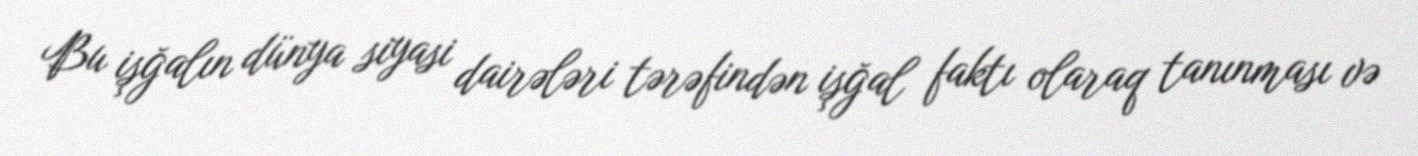
Bu işğalın dünya siyasi dairələri tərəfindən işğal faktı olaraq tanınması və